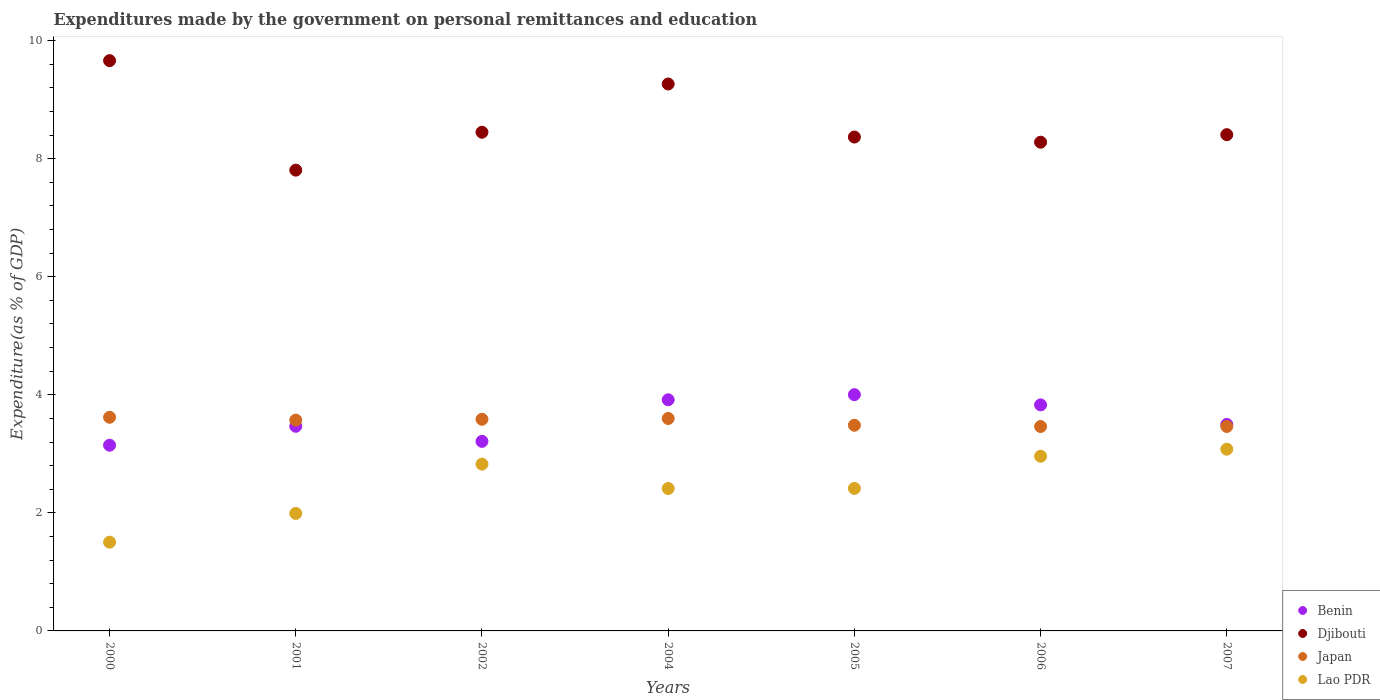
| Years | Benin | Djibouti | Japan | Lao PDR |
 | --- | --- | --- | --- | --- |
 | 2000 | 3.15 | 9.66 | 3.62 | 1.5 |
 | 2001 | 3.47 | 7.81 | 3.57 | 1.99 |
 | 2002 | 3.21 | 8.45 | 3.59 | 2.83 |
 | 2004 | 3.92 | 9.26 | 3.6 | 2.41 |
 | 2005 | 4 | 8.37 | 3.48 | 2.41 |
 | 2006 | 3.83 | 8.28 | 3.46 | 2.96 |
 | 2007 | 3.5 | 8.41 | 3.46 | 3.08 |